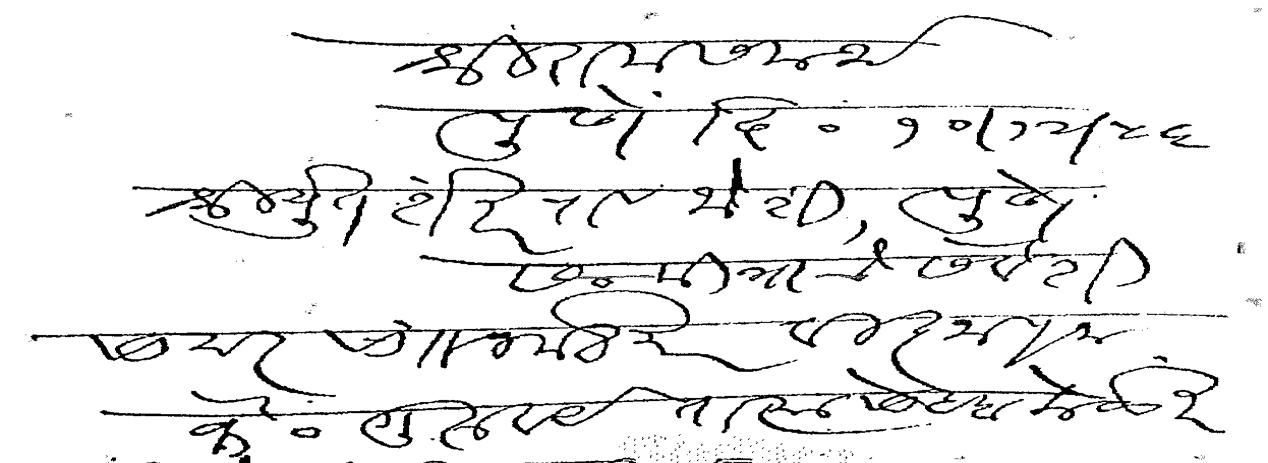
Transliteration (Devanagari): श्री राम समर्थ पुणे दि १० १२ ५६ श्रीयुत शंकरराव जोशी पुणे सन्मित्राचे सेवेशी सादर सा नमस्कार विज्ञापना कै गुरुवर्य तात्यासाहेब केळकर